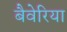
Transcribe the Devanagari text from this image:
बैवेरिया